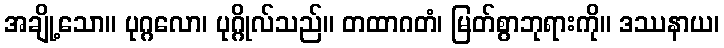
အချို့သော။ ပုဂ္ဂလော၊ ပုဂ္ဂိုလ်သည်။ တထာဂတံ၊ မြတ်စွာဘုရားကို။ ဒဿနာယ၊